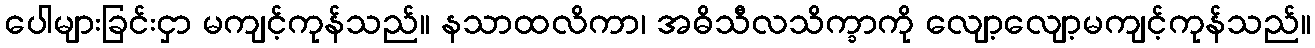
ပေါများခြင်းငှာ မကျင့်ကုန်သည်။ နသာထလိကာ၊ အဓိသီလသိက္ခာကို လျော့လျော့မကျင့်ကုန်သည်။